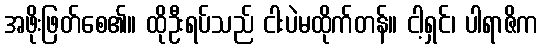
အဖိုးဖြတ်စေ၏။ ထိုဦးရပ်သည် ငါးပဲမထိုက်တန်။ ငါ့ရှင်၊ ပါရာဇိက